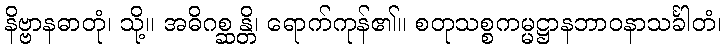
နိဗ္ဗာနဓာတုံ၊ သို့။ အဓိဂစ္ဆန္တိ၊ ရောက်ကုန်၏။ စတုသစ္စကမ္မဋ္ဌာနဘာဝနာသင်္ခါတံ၊